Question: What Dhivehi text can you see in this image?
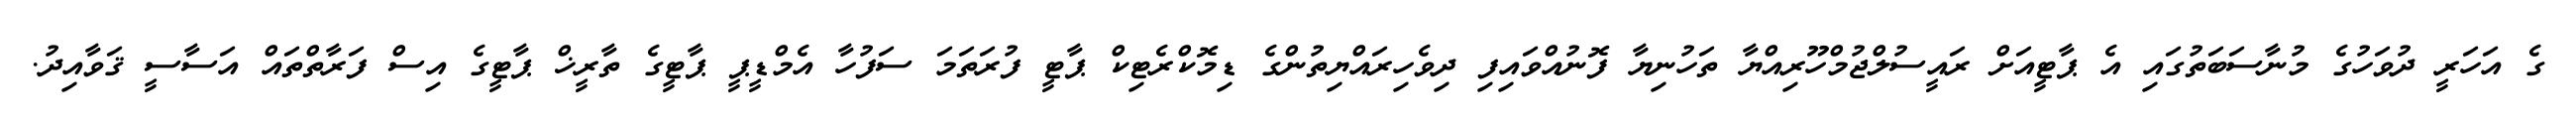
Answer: ގެ އަހަރީ ދުވަހުގެ މުނާސަބަތުގައި އެ ޕާޓީއަށް ރައީސުލްޖުމްހޫރިއްޔާ ތަހުނިޔާ ފޮނުއްވައިފި ދިވެހިރައްޔިތުންގެ ޑިމޮކްރެޓިކް ޕާޓީ ފުރަތަމަ ސަފުހާ އެމްޑީޕީ ޕާޓީގެ ތާރީޚް ޕާޓީގެ އިސް ފަރާތްތައް އަސާސީ ޤަވާއިދު.